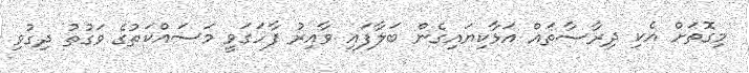
މިގޮތަށް އެކި ދިރާސާތައް އަޅާކިޔައިގެން ބަލާފައި ވާއިރު ފާހަގަވީ މަސައްކަތުގެ ވަގުތު ދިގުވި